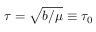
\tau = \sqrt { b / \mu } \equiv \tau _ { 0 }